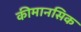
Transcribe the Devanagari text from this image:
कीमानसिक